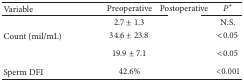
<table><thead><tr><td><b>Variable</b></td><td><b>Preoperative</b></td><td><b>Postoperative</b></td><td><b><i>P</i>*</b></td></tr></thead><tbody><tr><td>[EMPTY_CELL]</td><td>2.7 ± 1.3</td><td>[EMPTY_CELL]</td><td>N.S.</td></tr><tr><td>Count (mil/mL)</td><td>34.6 ± 23.8</td><td>[EMPTY_CELL]</td><td>&lt;0.05</td></tr><tr><td>[EMPTY_CELL]</td><td>19.9 ± 7.1</td><td>[EMPTY_CELL]</td><td>&lt;0.05</td></tr><tr><td>Sperm DFI</td><td>42.6%</td><td>[EMPTY_CELL]</td><td>&lt;0.001</td></tr></tbody></table>